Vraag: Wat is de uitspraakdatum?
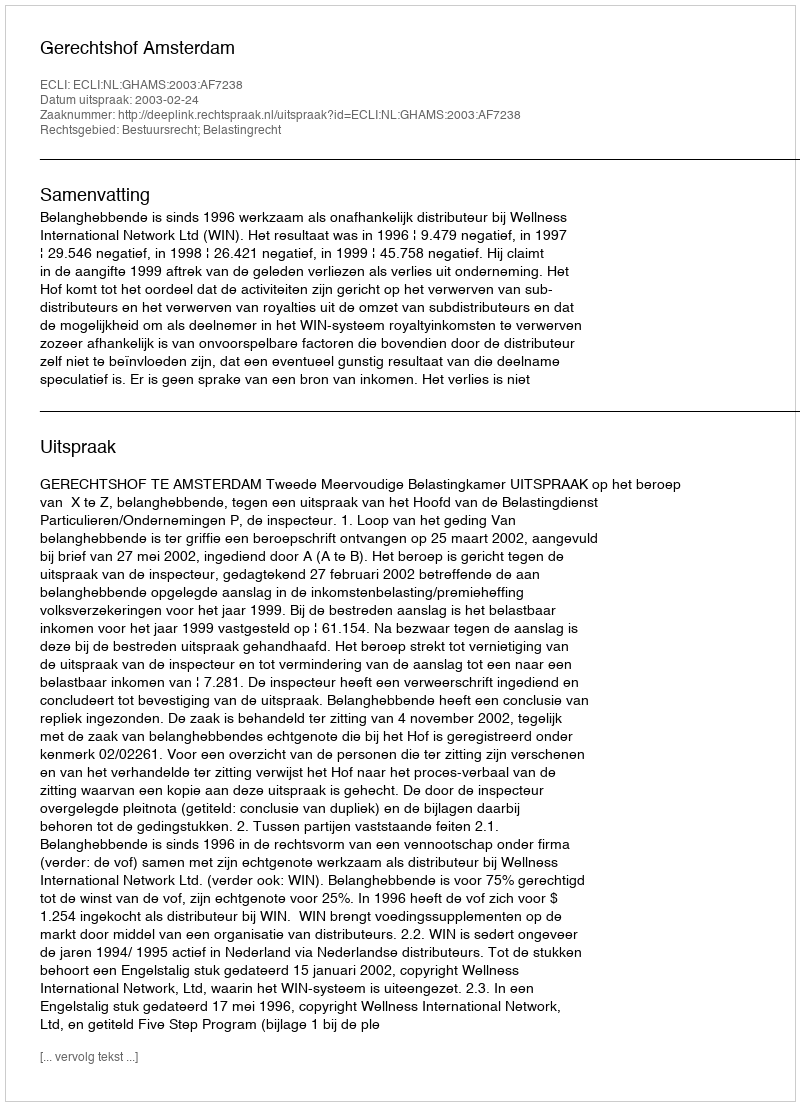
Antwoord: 2003-02-24